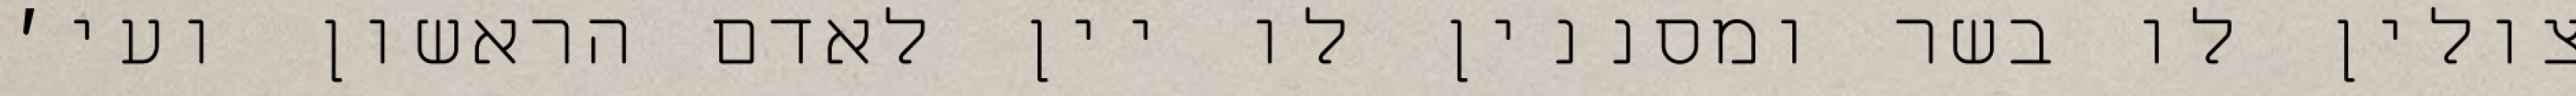
צולין לו בשר ומסננין לו יין לאדם הראשון ועי׳